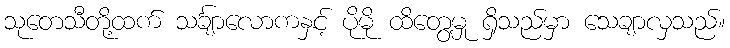
သုတေသီတို့ထက် သင်္ချာလောကနှင့် ပိုမို ထိတွေ့မှု ရှိသည်မှာ သေချာလှသည်။